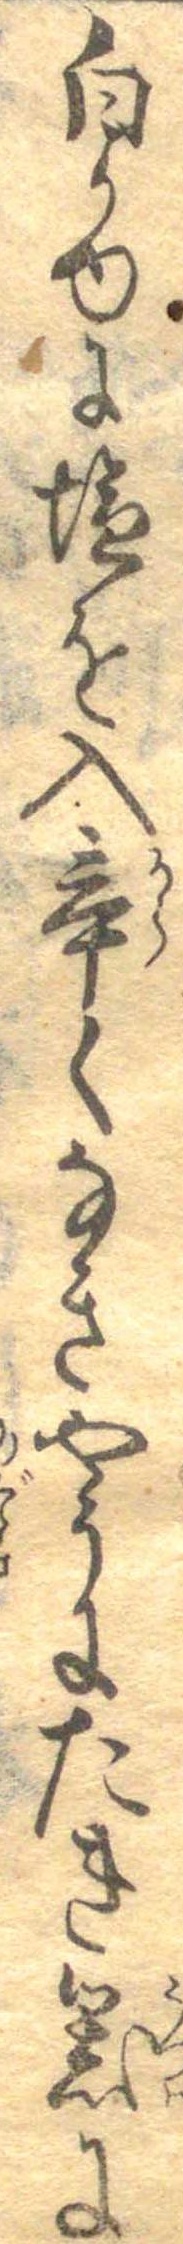
白かゆに塩を入辛くなきやうにたき器に